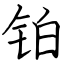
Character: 铂